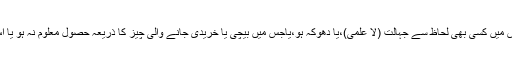
بیع الغرر سے مراد وہ بیع ہے جس میں کسی بھی لحاظ سے جہالت (لا علمی)،یا دھوکہ ہو،یاجس میں بیچی یا خریدی جانے والی چیز کا ذریعہ حصول معلوم نہ ہو یا اس کی حقیقت یا مقدار معلوم نہ ہو۔